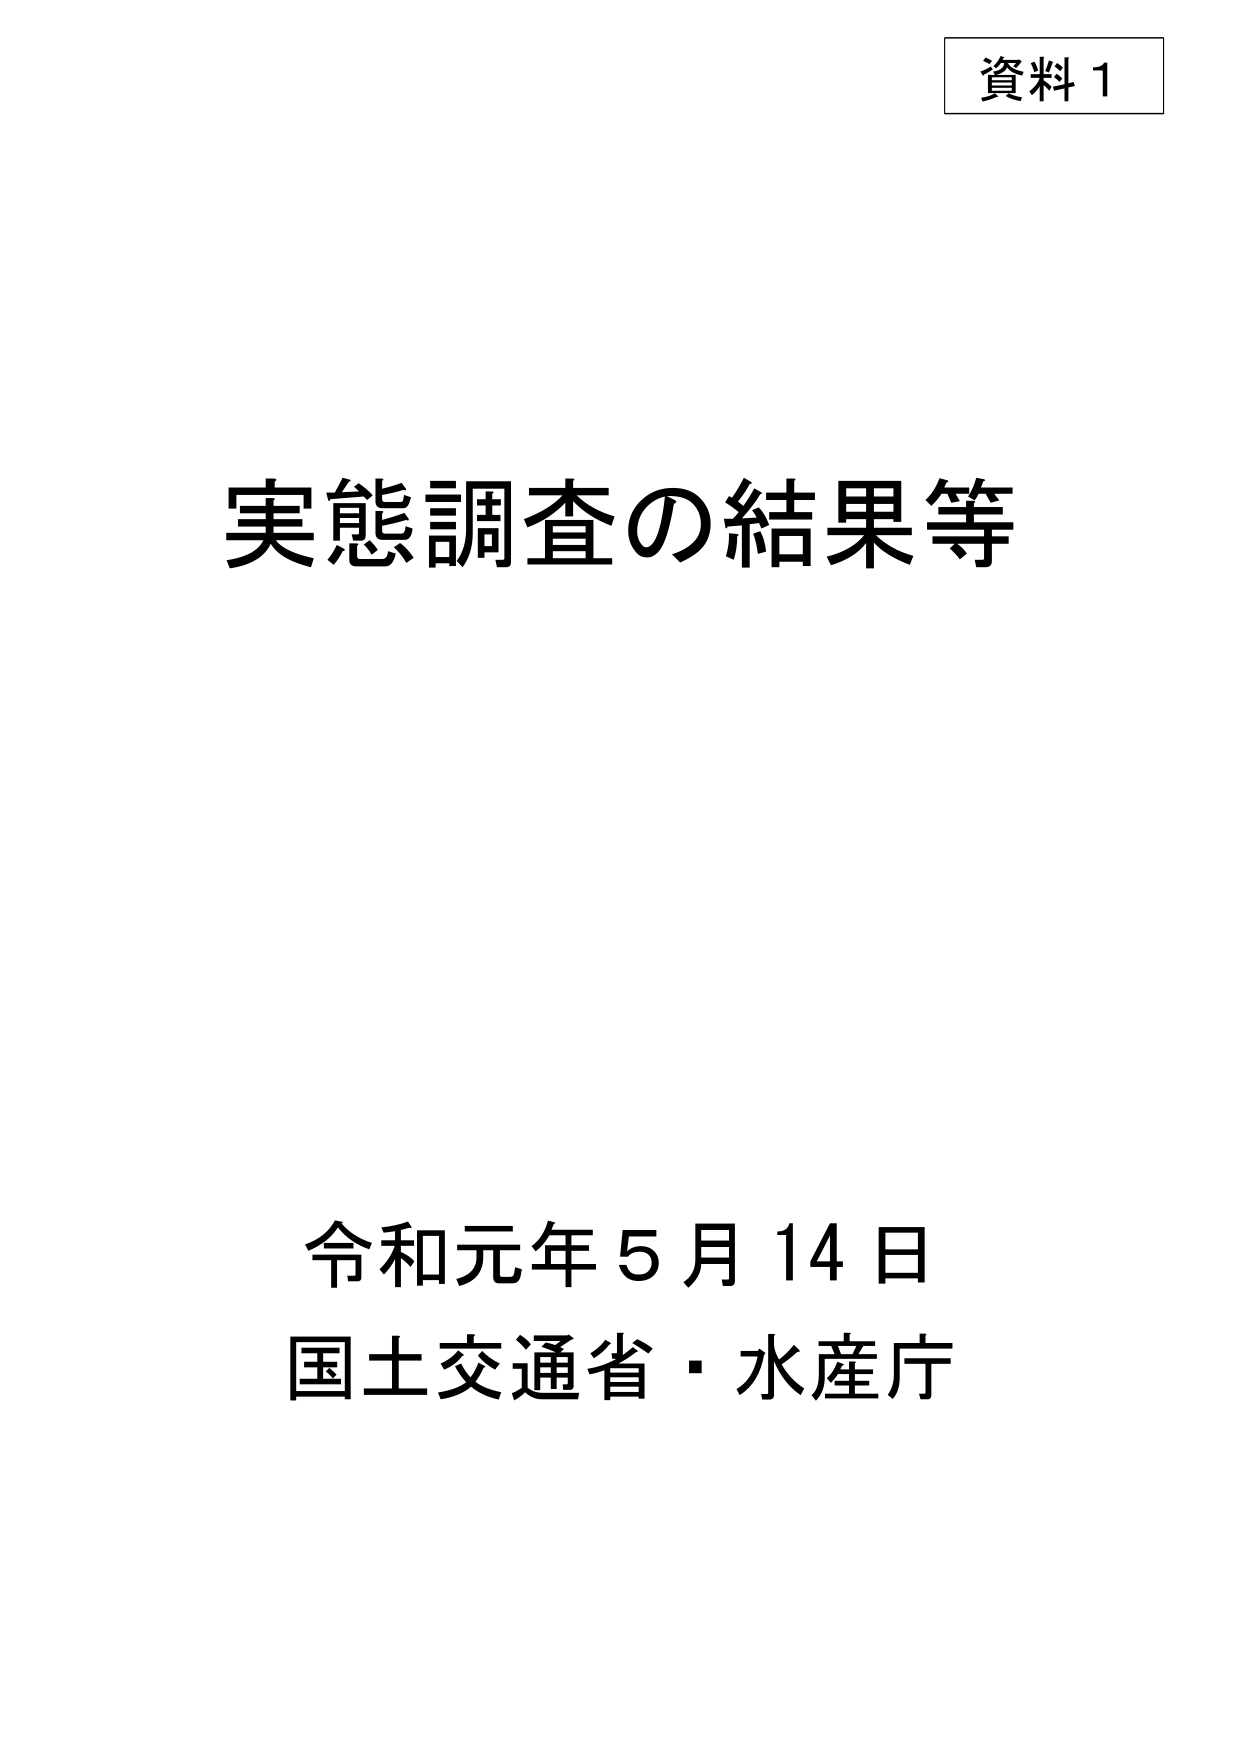
資料 1

実態調査の結果等

令和元年5月14日
国土交通省・水産庁